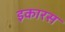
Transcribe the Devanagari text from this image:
इकारस